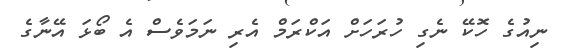
ނިއުގެ ހޮކޭ ނެގި ހުރަހަށް އަކްރަމް އެރި ނަމަވެސް އެ ބޯޅަ އޭނާގެ